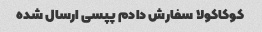
کوکاکولا سفارش دادم پپسی ارسال شده